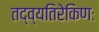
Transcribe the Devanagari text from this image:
तद्व्यतिरेकिणः